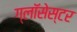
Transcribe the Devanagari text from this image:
ग्लॉसेस्टर